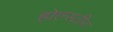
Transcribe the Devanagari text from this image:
होल्स्टीन